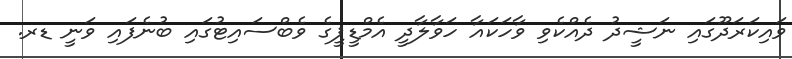
ވައިކަރަދޫގައި ނަޝީދު ދެއްކެވި ވާހަކައާ ހަވާލާދީ އެމްޑީޕީގެ ވެބްސައިޓުގައި ބުނެފައި ވަނީ ޑރ.